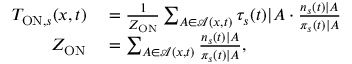
\begin{array} { r l } { T _ { \mathrm { O N } , s } ( x , t ) } & { { } = \frac { 1 } { Z _ { \mathrm { O N } } } \sum _ { A \in \mathcal { A } ( x , t ) } \tau _ { s } ( t ) | A \cdot \frac { n _ { s } ( t ) | A } { \pi _ { s } ( t ) | A } } \\ { Z _ { \mathrm { O N } } } & { { } = \sum _ { A \in \mathcal { A } ( x , t ) } \frac { n _ { s } ( t ) | A } { \pi _ { s } ( t ) | A } , } \end{array}